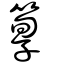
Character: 箰